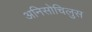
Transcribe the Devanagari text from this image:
अनिसोचिलुस